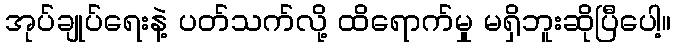
အုပ်ချုပ်ရေးနဲ့ ပတ်သက်လို့ ထိရောက်မှု မရှိဘူးဆိုပြီပေါ့။